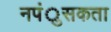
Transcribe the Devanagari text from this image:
नपंुसकता